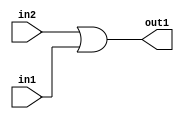
`timescale 1ps / 1ps
/*****************************************************************************
    Verilog RTL Description
    
    
    Created by: CellMath Designer 2019.1.01 
*******************************************************************************/

module float2fix_Or_1Ux1U_1U_4 (
	in2,
	in1,
	out1
	); /* architecture "behavioural" */ 
input  in2,
	in1;
output  out1;
wire  asc001;

assign asc001 = 
	(in2)
	|(in1);

assign out1 = asc001;
endmodule

/* CADENCE  urfxTQE= : u9/ySgnWtBlWxVPRXgAZ4Og= ** DO NOT EDIT THIS LINE ******/